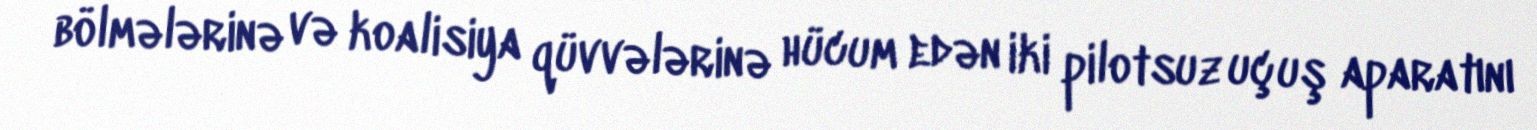
bölmələrinə və koalisiya qüvvələrinə hücum edən iki pilotsuz uçuş aparatını